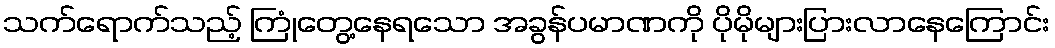
သက်ရောက်သည့် ကြုံတွေ့နေရသော အခွန်ပမာဏကို ပိုမိုများပြားလာနေကြောင်း